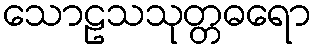
သောဠသသုတ္တဓရော